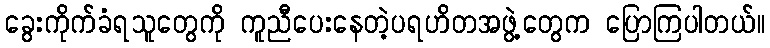
ခွေးကိုက်ခံရသူတွေကို ကူညီပေးနေတဲ့ပရဟိတအဖွဲ့တွေက ပြောကြပါတယ်။